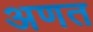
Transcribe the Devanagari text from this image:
अणत